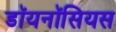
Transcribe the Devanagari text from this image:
डॉयनॉसियस